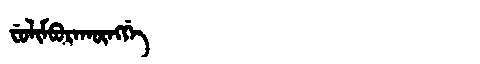
Manchu: ᠸᡠᠯᡳᠮᠪᡠᡵᠠᡴᡡᠩᡤᡝ
Romanization: FULIMBURAKŪNGGE